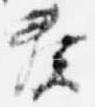
奏